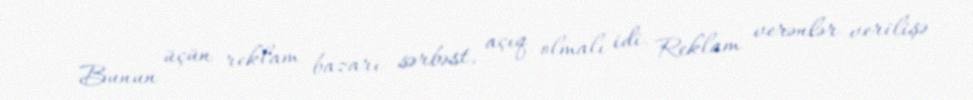
Bunun üçün reklam bazarı sərbəst, açıq olmalı idi. Reklam verənlər verilişə